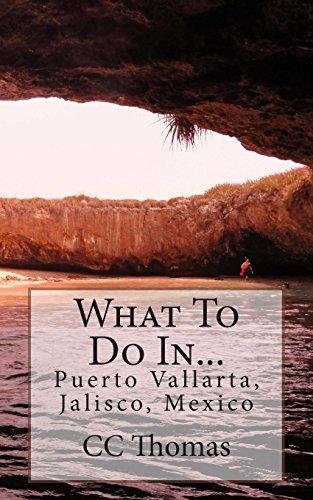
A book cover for What To Do In...Puerto Vallarta, Jalisco, Mexico (Volume 8); CC Thomas; Travel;